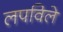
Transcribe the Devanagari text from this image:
लपविले